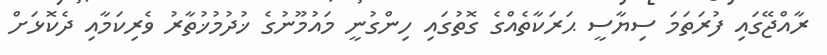
ރާއްޖޭގައި ފުރަތަމަ ސިޔާސީ ޙަރަކާތެއްގެ ގޮތުގައި ހިންގުނީ މައުމޫނުގެ ޚުދުމުޚުތާރު ވެރިކަމާއި ދެކޮޅަށް